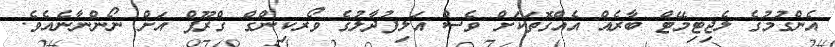
އެންގުމުގެ ލެޖިޓިމޭޓް ބާރެއް އެއްގޮތަކަށް ވެސް އަލިފުދާލުގެ ވޯރކިންގް ގްރޫޕް އަށް ނޯންނާނެއެވެ.